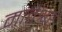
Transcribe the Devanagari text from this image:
मातेश्वर